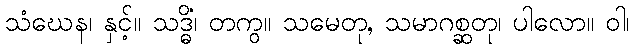
သံဃေန၊ နှင့်။ သဒ္ဓိံ၊ တကွ။ သမေတု, သမာဂစ္ဆတု၊ ပါလော။ ဝါ၊